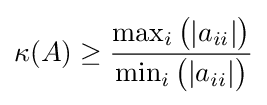
\kappa (A)\geq {\frac {\max _{i}{\big (}|a_{ii}|{\big )}}{\min _{i}{\big (}|a_{ii}|{\big )}}}